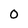
Character: 0